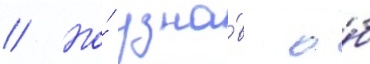
// Но́ узна́в о́б